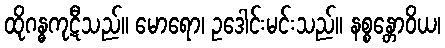
ထိုဂန္ဓကုဋီသည်။ မောရော၊ ဥဒေါင်းမင်းသည်။ နစ္စန္တောဝိယ၊